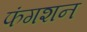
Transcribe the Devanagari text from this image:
फंगशन